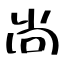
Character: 尚